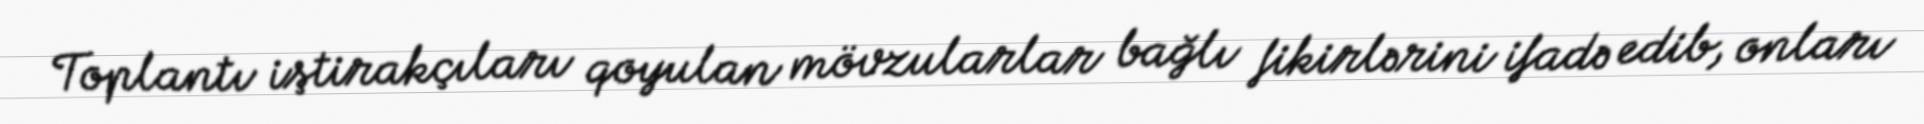
Toplantı iştirakçıları qoyulan mövzularlar bağlı fikirlərini ifadə edib, onları